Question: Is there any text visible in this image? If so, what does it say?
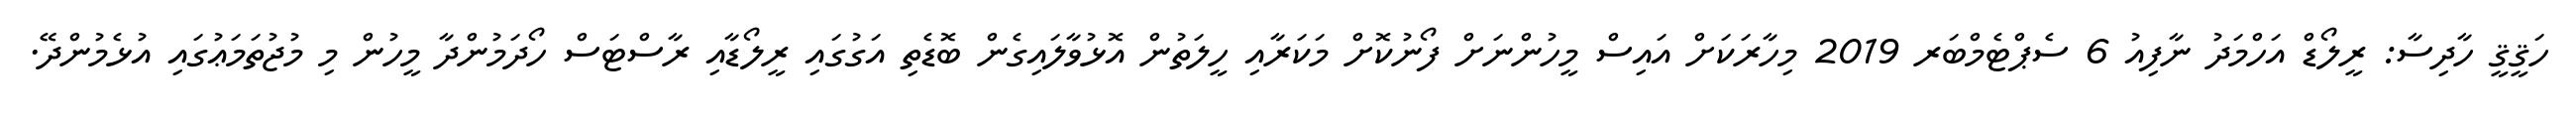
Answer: ހަޤީޤީ ހާދިސާ: ރީލޯޑް އަހްމަދު ނާފިއު 6 ސެޕްޓެމްބަރ 2019 މިހާރަކަށް އައިސް މީހުންނަށް ފޯނުކޮށް މަކަރާއި ހީލަތުން އޮޅުވާލައިގެން ބޮޑެތި އަގުގައި ރީލޯޑާއި ރާސްޓަސް ހޯދަމުންދާ މީހުން މި މުޖުތަމަޢުގައި އުޅެމުންދޭ.